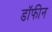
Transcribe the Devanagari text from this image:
डॉफीन